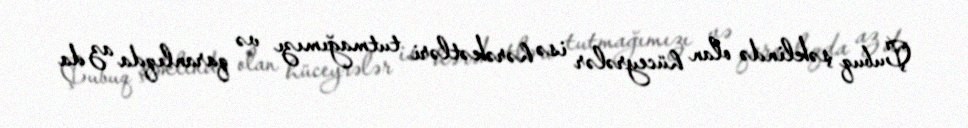
Çubuq şəklində olan hüceyrələr isə hərəkətləri tutmağımızı və qaranlıqda az da